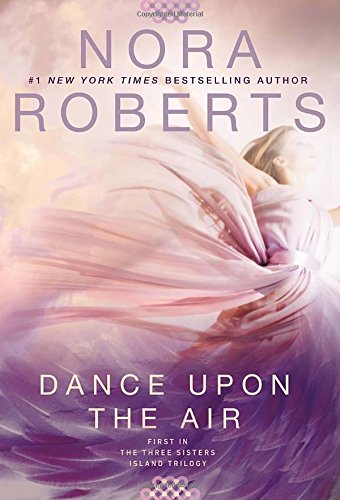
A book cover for Dance Upon the Air: Three Sisters Island Trilogy; Nora Roberts; Romance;